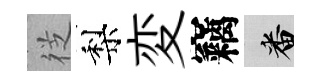
徔梨変竊番